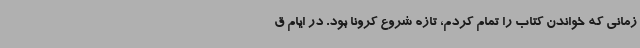
زمانی که خواندن کتاب را تمام کردم، تازه شروع کرونا بود. در ایام ق